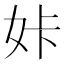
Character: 𡛨